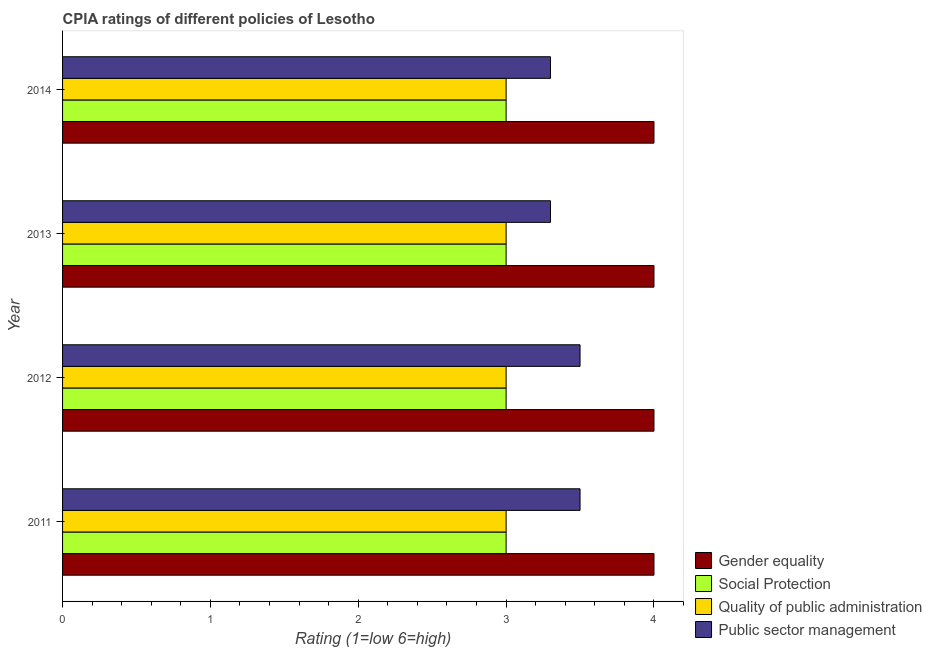
| Year | Gender equality | Social Protection | Quality of public administration | Public sector management |
 | --- | --- | --- | --- | --- |
 | 2011 | 4 | 3 | 3 | 3.5 |
 | 2012 | 4 | 3 | 3 | 3.5 |
 | 2013 | 4 | 3 | 3 | 3.3 |
 | 2014 | 4 | 3 | 3 | 3.3 |